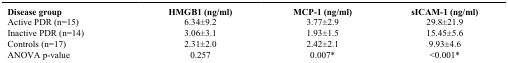
| Disease group | HMGB1 (ng/ml) | MCP-1 (ng/ml) | sICAM-1 (ng/ml) |
 | --- | --- | --- | --- |
 | Active PDR (n=15) | 6.34±9.2 | 3.77±2.9 | 29.8±21.9 |
 | Inactive PDR (n=14) | 3.06±3.1 | 1.93±1.5 | 15.45±5.6 |
 | Controls (n=17) | 2.31±2.0 | 2.42±2.1 | 9.93±4.6 |
 | ANOVA p-value | 0.257 | 0.007* | <0.001* |